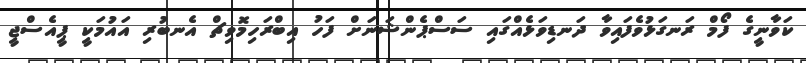
ކަވާނީގެ ފޯމް ރަނގަޅުވެފައިވާ ދަނޑިވަޅެއްގައި ސަސްޕެންޝަނަށް ފަހު އިބްރަހިމޮވިޗް އެނބުރި އައުމަކީ ޕީއެސްޖީ